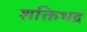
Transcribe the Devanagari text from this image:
शक्तिभद्र